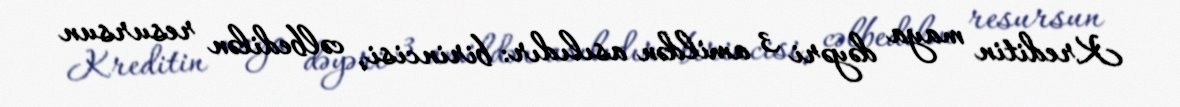
Kreditin maya dəyəri 3 amildən asılıdır: birincisi, cəlbedilən resursun